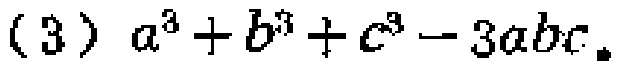
\((3)\ a^{3}+b^{3}+c^{3}-3abc\)